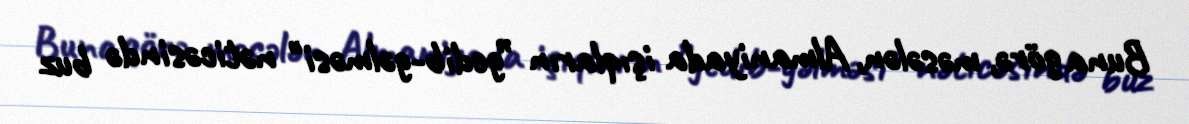
Buna görə, məsələn, Almaniyada işıqların ”gedib-gəlməsi" nəticəsində buz